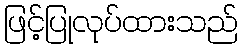
ဖြင့်ပြုလုပ်ထားသည်